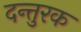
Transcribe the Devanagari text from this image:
दन्तुरक